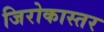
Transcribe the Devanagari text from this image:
जिरोकास्तर